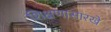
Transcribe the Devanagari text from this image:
शिक्षणासारखे